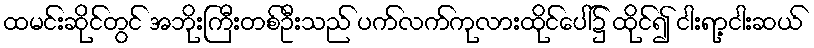
ထမင်းဆိုင်တွင် အဘိုးကြီးတစ်ဦးသည် ပက်လက်ကုလားထိုင်ပေါ်၌ ထိုင်၍ ငါးရာ့ငါးဆယ်